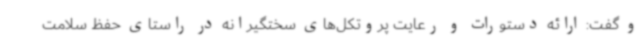
و گفت: ارائه دستورات و رعایت پروتکل‌های سختگیرانه در راستای حفظ سلامت